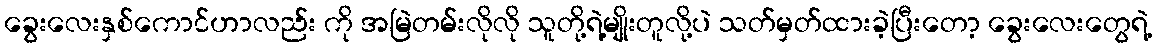
ခွေးလေးနှစ်ကောင်ဟာလည်း ကို အမြဲတမ်းလိုလို သူတို့ရဲ့မျိုးတူလို့ပဲ သတ်မှတ်ထားခဲ့ပြီးတော့ ခွေးလေးတွေရဲ့